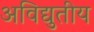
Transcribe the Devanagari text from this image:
अविद्युतीय